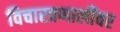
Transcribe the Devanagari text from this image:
विचारप्रणालींवर